Papaver somniferum - Opium : an extract from the sixth volume of the Dictionary of Economic Products of India
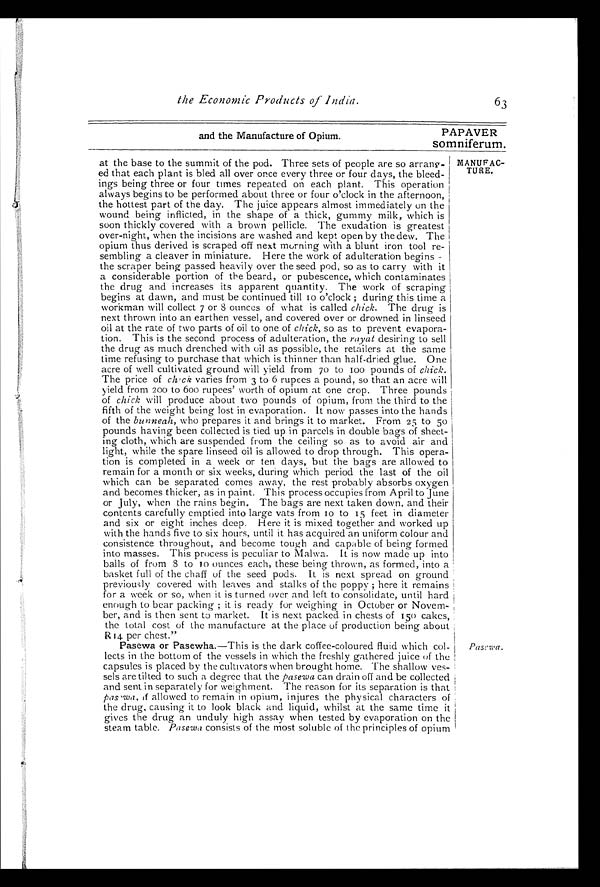
and the Manufacture of Opium.
PAPAVER
somniferum.
the Economic Products of India.
63
MANUFAC
-
TURE.
at the base to the summit of the pod. Three sets of people are so arran
g -
e d
that each plant is bled all over once every three or four days, the bleed-
ings being three or four times repeated on each plant. This operation
always begins to be performed about three or four o'clock in the afternoon,
the hottest part of the day. The juice appears almost immediately on the
wound being inflicted, in the shape of a thick, gummy milk, which is
soon thickly covered with a brown pellicle. The exudation is greatest
over-night, when the incisions are washed and kept open by the dew. The
opium thus derived is scraped off next morning with a blunt iron tool re-
-sembling a cleaver in miniature. Here the work of adulteration begins -
the scraper being passed heavily over the seed pod, so as to carry with it
a considerable portion of the beard, or pubescence, which contaminates
the drug and increases its apparent quantity. The work of scraping
begins at dawn, and must be continued till to o'clock ; during this time a
workman will collect 7 or 8 ounces of what is called chick. The drug is
next thrown into an earthen vessel, and covered over or drowned in linseed
oil at the rate of two parts of oil to one of chick, so as to prevent evapora-
-tion. This is the second process of adulteration, the rayat desiring to sell
the drug as much drenched with oil as possible, the retailers at the same
time refusing to purchase that which is thinner than half-dried glue. One
acre of well cultivated ground will yield from 70 to 100 pounds of chick.
The price of chick varies from 3 to 6 rupees a pound, so that an acre will
yield from 200 to 600 rupees' worth of opium at one crop. Three pounds
of chick will produce about two pounds of opium, from the third to the
fifth of the weight being lost in evaporation. It now passes into the hands
of the bunneah, who prepares it and brings it to market. From 25 to 50
pounds having been collected is tied up in parcels in double bags of sheet--
ing cloth, which are suspended from the ceiling so as to avoid air and
light, while the spare linseed oil is allowed to drop through. This opera-
-tion is completed in a week or ten days, but the bags are allowed to
remain for a month or six weeks, during which period the last of the oil
which can be separated comes away, the rest probably absorbs oxygen
and becomes thicker, as in paint. This process occupies from April to June
or July, when the rains begin. The bags are next taken down, and their
contents carefully emptied into large vats from 10 to 15 feet in diameter
and six or eight inches deep. Here it is mixed together and worked up
with the hands five to six hours, until it has acquired an uniform colour and
consistence throughout, and become tough and capable of being formed
into masses. This process is peculiar to Malwa. It is now made up into
balls of from 8 to 10 ounces each, these being thrown, as formed, into a
basket full of the chaff of the seed pods. It is next spread on ground
previously covered with leaves and stalks of the poppy ; here it remains
for a week or so, when it is turned over and left to consolidate, until hard
enough to bear packing ; it is ready for weighing in October or Novem--
ber, and is then sent to market. It is next packed in chests of 150 cakes,
the total cost of the manufacture at the place of production being about
R 14 per chest."
Pasewa or Pasewha .—This is the dark coffee-coloured fluid which col
-lects in the bottom of the vessels in which the freshly gathered juice of the
capsules is placed by the cultivators when brought home. The shallow ves-
sels arc tilted to such a degree that the pasewa can drain off and be collected
and sent in separately for weighment. The reason for its separation is that
pasewa, if allowed to remain in opium, injures the physical characters of
the drug, causing it to look black and liquid, whilst at the same time it
gives the drug an unduly high assay when tested by evaporation on the
steam table. Pasewa consists of the most soluble of the principles of opium
Pasewa